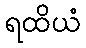
ရထိယံ